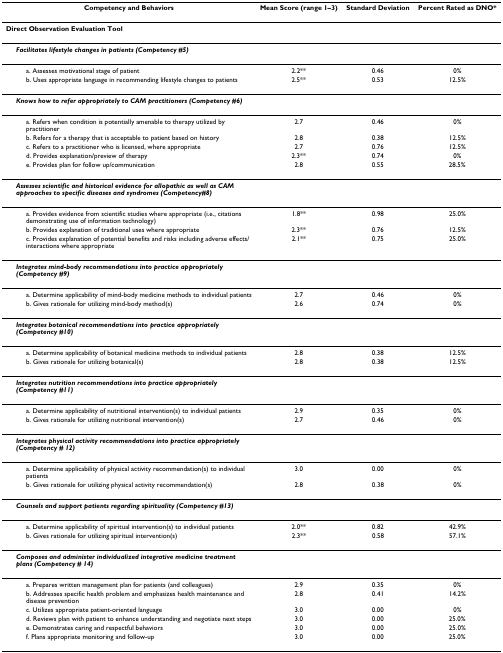
<table><thead><tr><td><b>Competency and Behaviors</b></td><td><b>Mean Score (range 1–3)</b></td><td><b>Standard Deviation</b></td><td><b>Percent Rated as DNO*</b></td></tr></thead><tbody><tr><td><b>Direct Observation Evaluation Tool</b></td><td></td><td></td><td></td></tr><tr><td> <b><i>Facilitates lifestyle changes in patients (Competency #5)</i></b></td><td></td><td></td><td></td></tr><tr><td>a. Assesses motivational stage of patient</td><td>2.2**</td><td>0.46</td><td>0%</td></tr><tr><td>b. Uses appropriate language in recommending lifestyle changes to patients</td><td>2.5**</td><td>0.53</td><td>12.5%</td></tr><tr><td> <b><i>Knows how to refer appropriately to CAM practitioners (Competency #6)</i></b></td><td></td><td></td><td></td></tr><tr><td>a. Refers when condition is potentially amenable to therapy utilized by practitioner</td><td>2.7</td><td>0.46</td><td>0%</td></tr><tr><td>b. Refers for a therapy that is acceptable to patient based on history</td><td>2.8</td><td>0.38</td><td>12.5%</td></tr><tr><td>c. Refers to a practitioner who is licensed, where appropriate</td><td>2.7</td><td>0.76</td><td>12.5%</td></tr><tr><td>d. Provides explanation/preview of therapy</td><td>2.3**</td><td>0.74</td><td>0%</td></tr><tr><td>e. Provides plan for follow up/communication</td><td>2.8</td><td>0.55</td><td>28.5%</td></tr><tr><td> <b><i>Assesses scientific and historical evidence for allopathic as well as CAM approaches to specific diseases and syndromes (Competency#8)</i></b></td><td></td><td></td><td></td></tr><tr><td>a. Provides evidence from scientific studies where appropriate (i.e., citations demonstrating use of information technology)</td><td>1.8**</td><td>0.98</td><td>25.0%</td></tr><tr><td>b. Provides explanation of traditional uses where appropriate</td><td>2.3**</td><td>0.76</td><td>12.5%</td></tr><tr><td>c. Provides explanation of potential benefits and risks including adverse effects/interactions where appropriate</td><td>2.1**</td><td>0.75</td><td>25.0%</td></tr><tr><td> <b><i>Integrates mind-body recommendations into practice appropriately (Competency #9)</i></b></td><td></td><td></td><td></td></tr><tr><td>a. Determine applicability of mind-body medicine methods to individual patients</td><td>2.7</td><td>0.46</td><td>0%</td></tr><tr><td>b. Gives rationale for utilizing mind-body method(s)</td><td>2.6</td><td>0.74</td><td>0%</td></tr><tr><td> <b><i>Integrates botanical recommendations into practice appropriately (Competency #10)</i></b></td><td></td><td></td><td></td></tr><tr><td>a. Determine applicability of botanical medicine methods to individual patients</td><td>2.8</td><td>0.38</td><td>12.5%</td></tr><tr><td>b. Gives rationale for utilizing botanical(s)</td><td>2.8</td><td>0.38</td><td>12.5%</td></tr><tr><td> <b><i>Integrates nutrition recommendations into practice appropriately (Competency #11)</i></b></td><td></td><td></td><td></td></tr><tr><td>a. Determine applicability of nutritional intervention(s) to individual patients</td><td>2.9</td><td>0.35</td><td>0%</td></tr><tr><td>b. Gives rationale for utilizing nutritional intervention(s)</td><td>2.7</td><td>0.46</td><td>0%</td></tr><tr><td> <b><i>Integrates physical activity recommendations into practice appropriately (Competency # 12)</i></b></td><td></td><td></td><td></td></tr><tr><td>a. Determine applicability of physical activity recommendation(s) to individual patients</td><td>3.0</td><td>0.00</td><td>0%</td></tr><tr><td>b. Gives rationale for utilizing physical activity recommendation(s)</td><td>2.8</td><td>0.38</td><td>0%</td></tr><tr><td> <b><i>Counsels and support patients regarding spirituality (Competency #13)</i></b></td><td></td><td></td><td></td></tr><tr><td>a. Determine applicability of spiritual intervention(s) to individual patients</td><td>2.0**</td><td>0.82</td><td>42.9%</td></tr><tr><td>b. Gives rationale for utilizing spiritual intervention(s)</td><td>2.3**</td><td>0.58</td><td>57.1%</td></tr><tr><td> <b><i>Composes and administer individualized integrative medicine treatment plans (Competency # 14)</i></b></td><td></td><td></td><td></td></tr><tr><td>a. Prepares written management plan for patients (and colleagues)</td><td>2.9</td><td>0.35</td><td>0%</td></tr><tr><td>b. Addresses specific health problem and emphasizes health maintenance and disease prevention</td><td>2.8</td><td>0.41</td><td>14.2%</td></tr><tr><td>c. Utilizes appropriate patient-oriented language</td><td>3.0</td><td>0.00</td><td>0%</td></tr><tr><td>d. Reviews plan with patient to enhance understanding and negotiate next steps</td><td>3.0</td><td>0.00</td><td>25.0%</td></tr><tr><td>e. Demonstrates caring and respectful behaviors</td><td>3.0</td><td>0.00</td><td>25.0%</td></tr><tr><td>f. Plans appropriate monitoring and follow-up</td><td>3.0</td><td>0.00</td><td>25.0%</td></tr></tbody></table>